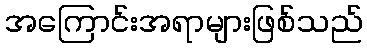
အကြောင်းအရာများဖြစ်သည်